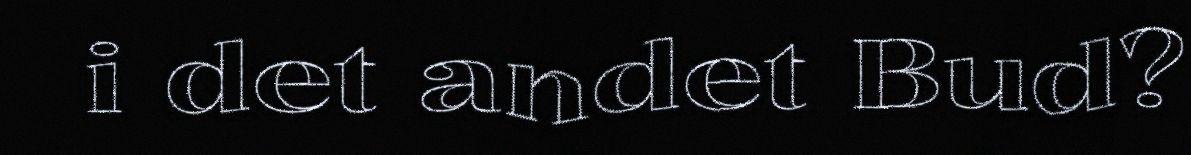
i det andet Bud?